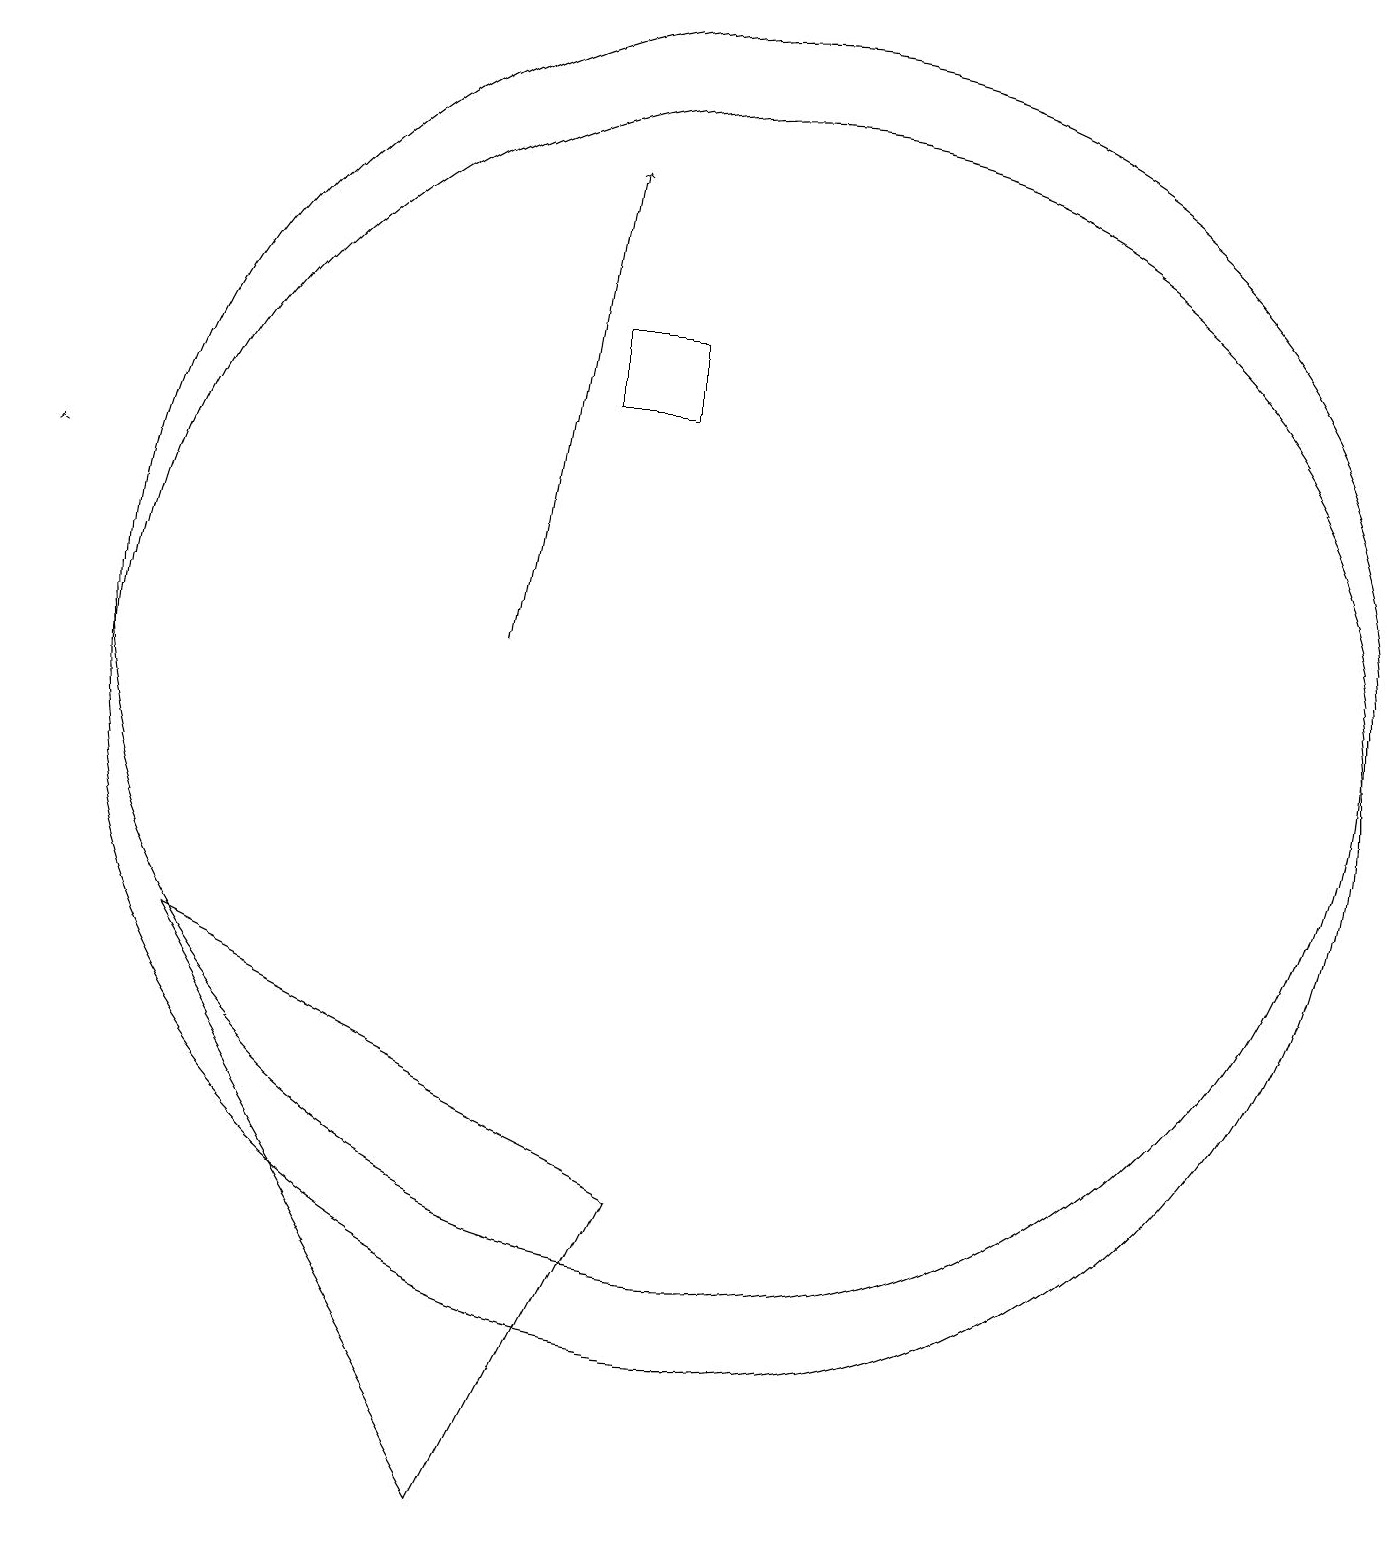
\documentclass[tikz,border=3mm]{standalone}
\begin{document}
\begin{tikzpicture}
\draw (10,11) circle (8);
\draw[->] (1,13) -- (1,13);
\draw[->] (7,11) -- (8,17);
\draw (9,4) -- (7,0) -- (3,7) -- cycle;
\draw (9,14) rectangle (8,15);
\draw (10,10) circle (8);
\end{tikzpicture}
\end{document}